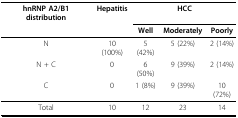
<table><thead><tr><td><b>hnRNP A2/B1 distribution</b></td><td><b>Hepatitis</b></td><td colspan="3"><b>HCC</b></td></tr><tr><td></td><td></td><td><b>Well</b></td><td><b>Moderately</b></td><td><b>Poorly</b></td></tr></thead><tbody><tr><td>N</td><td>10 (100%)</td><td>5 (42%)</td><td>5 (22%)</td><td>2 (14%)</td></tr><tr><td>N + C</td><td>0</td><td>6 (50%)</td><td>9 (39%)</td><td>2 (14%)</td></tr><tr><td>C</td><td>0</td><td>1 (8%)</td><td>9 (39%)</td><td>10 (72%)</td></tr><tr><td>Total</td><td>10</td><td>12</td><td>23</td><td>14</td></tr></tbody></table>